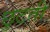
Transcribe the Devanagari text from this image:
छुटती